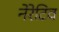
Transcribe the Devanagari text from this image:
नेरेटिव